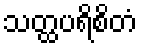
သတ္ထပရိစိတံ